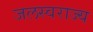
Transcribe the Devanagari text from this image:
जलस्वराज्य